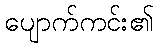
ပျောက်ကင်း၏